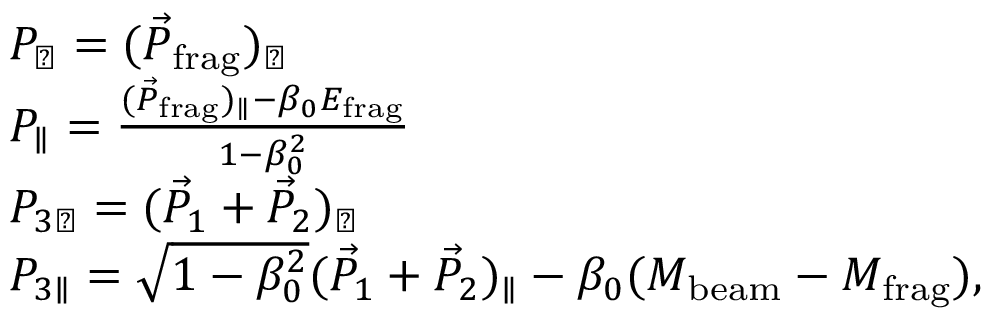
\begin{array} { r l } & { P _ { \perp } = ( \vec { P } _ { \mathrm { f r a g } } ) _ { \perp } } \\ & { P _ { \parallel } = \frac { ( \vec { P } _ { \mathrm { f r a g } } ) _ { \parallel } - \beta _ { 0 } E _ { \mathrm { f r a g } } } { 1 - \beta _ { 0 } ^ { 2 } } } \\ & { P _ { 3 { \perp } } = ( \vec { P } _ { 1 } + \vec { P } _ { 2 } ) _ { \perp } } \\ & { P _ { 3 { \parallel } } = \sqrt { 1 - \beta _ { 0 } ^ { 2 } } ( \vec { P } _ { 1 } + \vec { P } _ { 2 } ) _ { \parallel } - \beta _ { 0 } ( M _ { \mathrm { b e a m } } - M _ { \mathrm { f r a g } } ) , } \end{array}